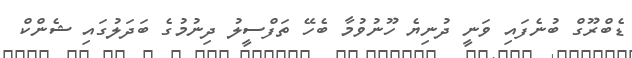
ޑެބްރޫގް ބުނެފައި ވަނީ ދުނިޔެ ހޫނުވުމާ ބެހޭ ތަފްސީލު ދިނުމުގެ ބަދަލުގައި ޝެންކް